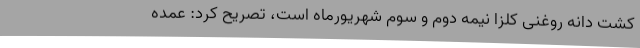
کشت دانه روغنی کلزا نیمه دوم و سوم شهریورماه است، تصریح ‌کرد: عمده